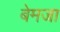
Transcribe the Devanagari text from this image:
बेमजा